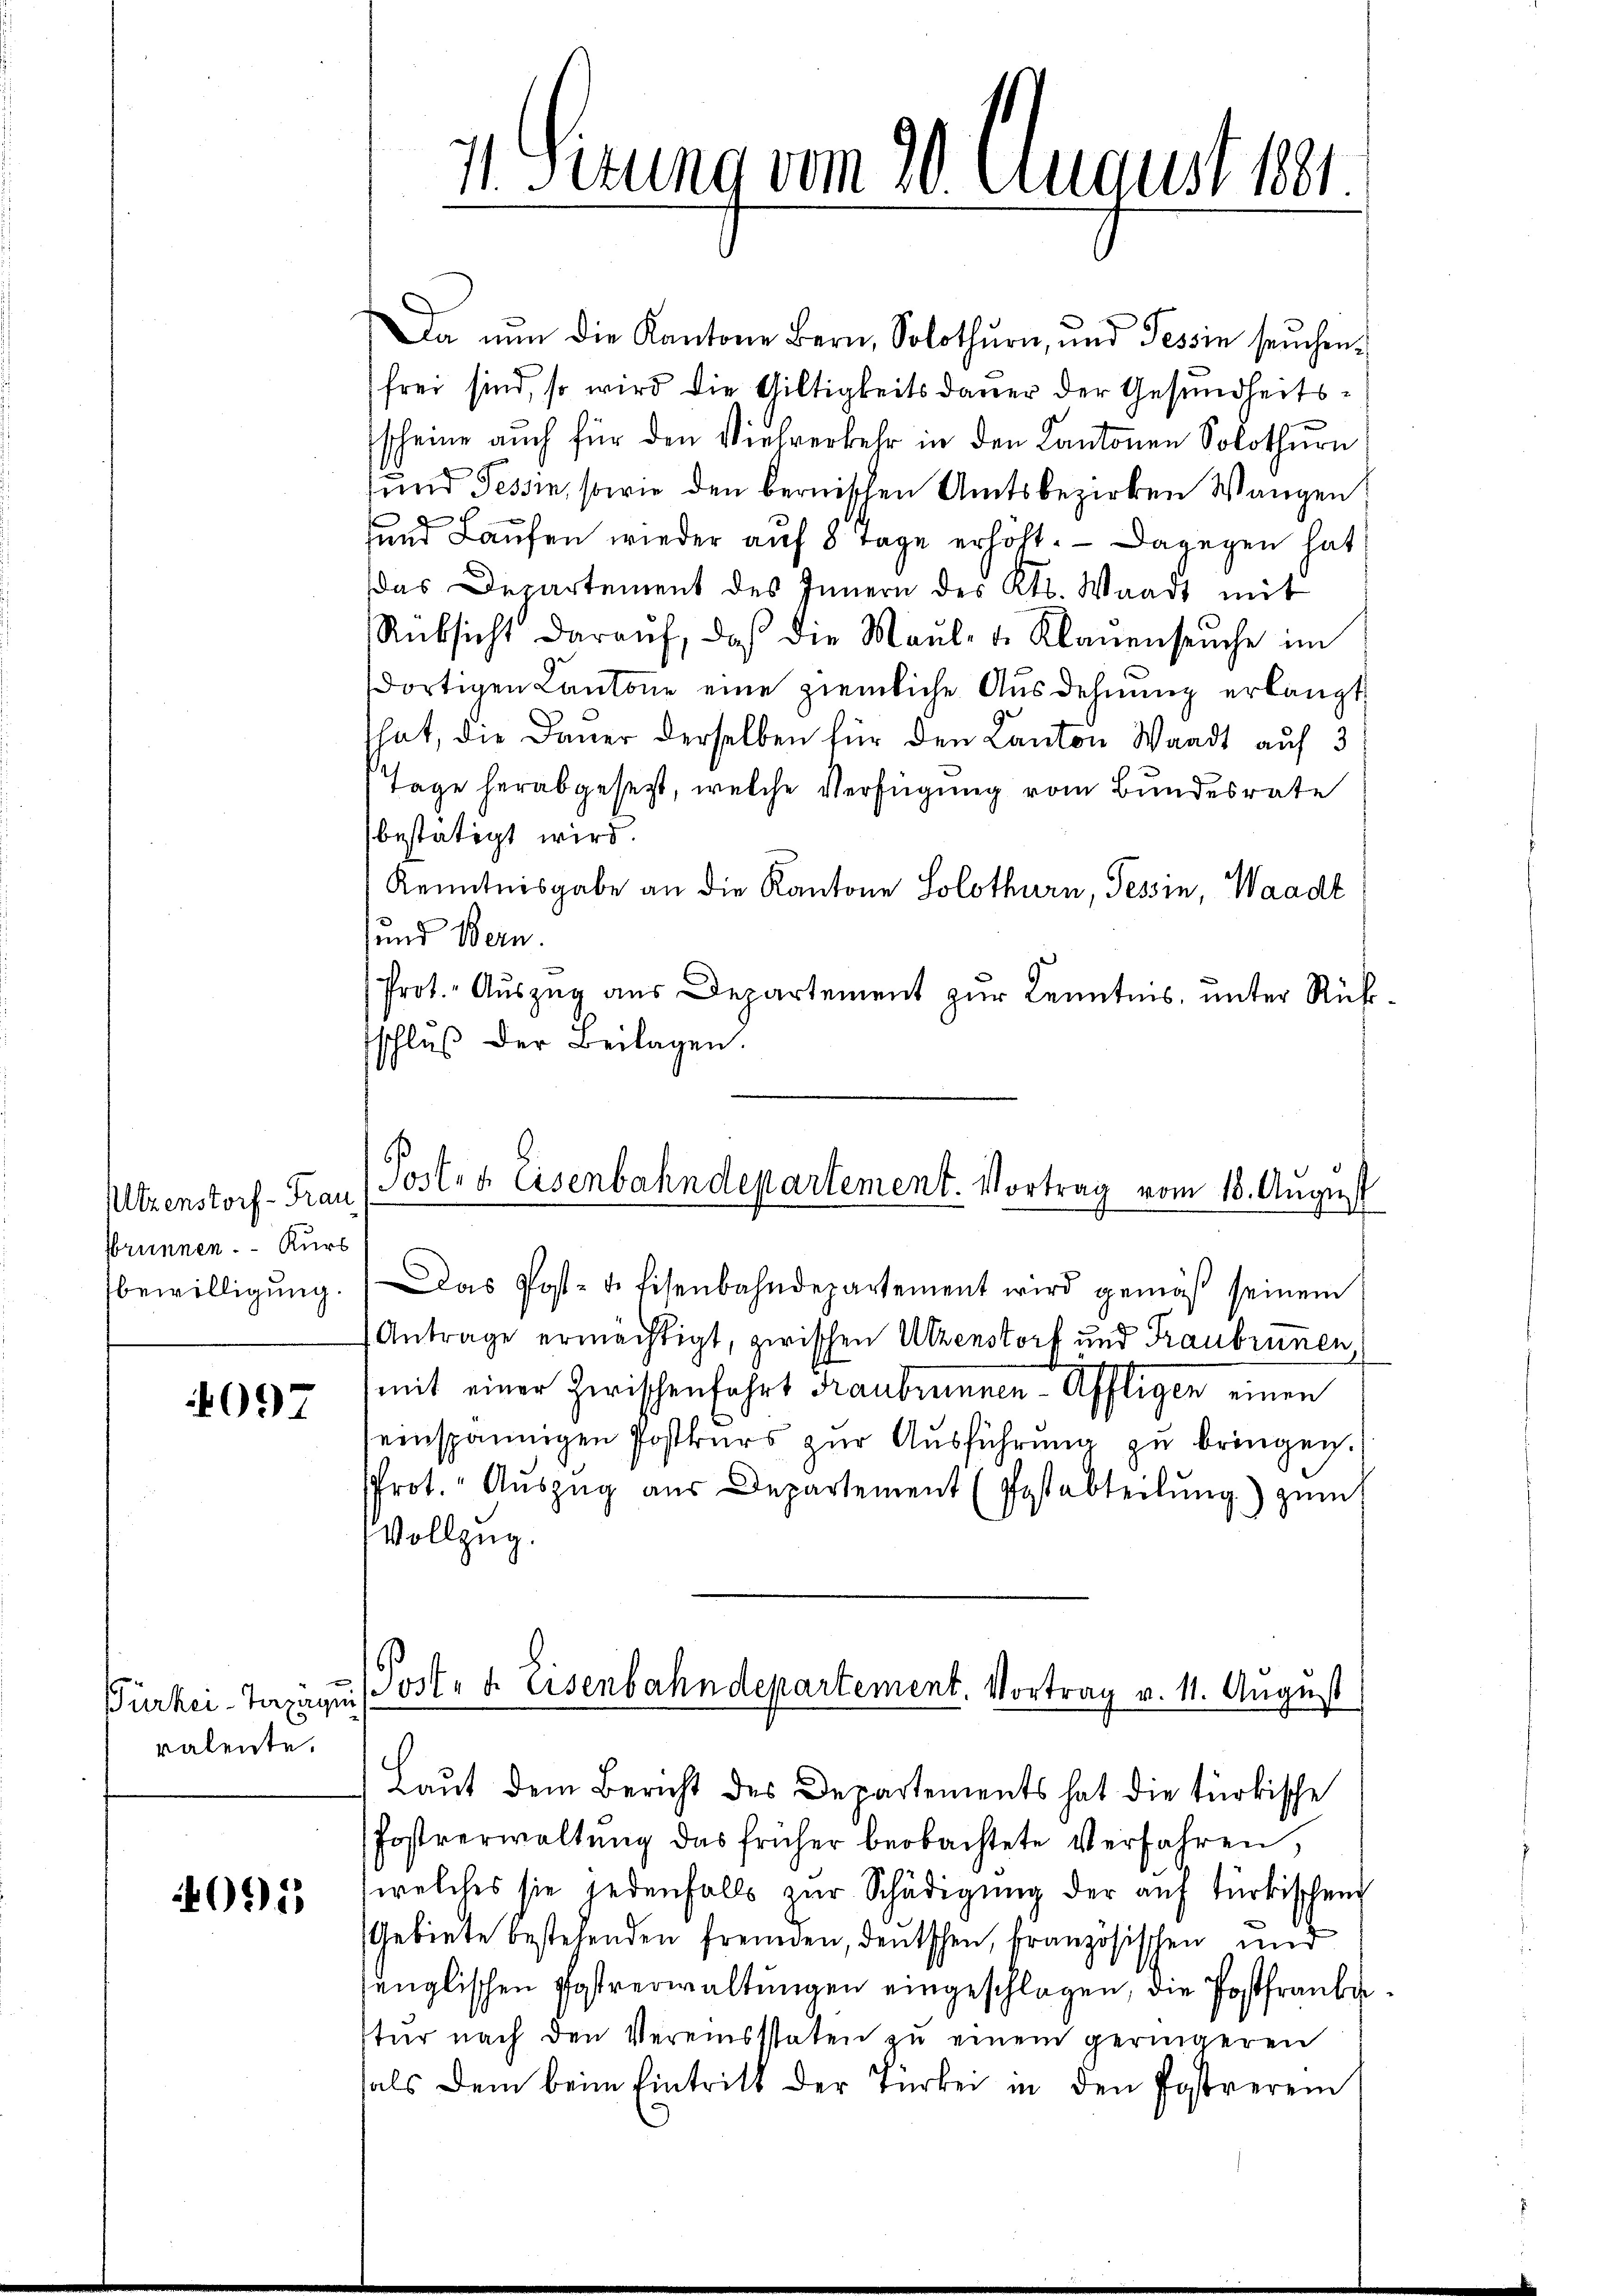
Utzenstorf - Frau
Brunnen. – Kurs
bewilligung

4097

Bürker-Taxaqui
ralente.

095

1. Gerung vom 20. August 1881

Da nun die Kantone Bern, Solothurn, und Tessin seuchenfrei sind, so wird die Giltigkeitsdauer der Gesundheits¬
Escheine auch für den Vielverkehr in den Cantonen Solothurn
und Tessin, sowie den bernischen Amtsbezirken Wangen
und Laufen wieder auf 8 Tage erhöht. — Dagegen hat
das Departement des Innern des Kts. Waadt mit
Rüksicht daraŭf, daß die Maul- u. Klaŭensŭche im
dortigen Cantone eine ziemliche Ausdehnung erlangt
that, die Dauer derselben für den Canton Waadt auf 3
Tage herabgesezt, welche Verfügung vom Bundesrate
bestätigt wird.
Kenntnisgabe an die Kantone Solothurn, Tessin, Waadt
sund Bern.
Prot. Auszug aus Departement zur Kenntnis, unter Rükschluß der Beilagen.

¬
Posten Eisenbahndepartement. Vortrag vom 18. August

as Post- u. Eisenbahndepartement wird gemäβ seinem
Antrage ermächtigt, zwischen Utzenstorf und Traubrünen,
mit einer Zwischen Fahrt Fraubrunnen-Affligen einen
einspännigen Postkurs zur Ausführung zu bringen.
Prot. " Aŭszŭg aŭs Departement (Postabteilŭng zum
Vollzug.
.
(Post- u. Eisenbahndepartement. Vortrag v. 11. August
Laut dem Bericht des Departements hat die türkische
Postverwaltŭng das früher beobachtete Verfahren,
welches sie jedenfalls zŭr Schädigŭng der auf türkischend
Gebiete bestehenden fremden, deutschen, kranzösischen und
englischen Postverwaltungen eingeschlagen, die Postfranke
tür nach den Vereinsstaten zŭ einem geringeren
hals dem beim Eintritt der Türken in den Postverei